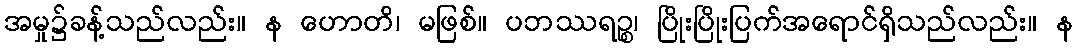
အမှု၌ခန့်သည်လည်း။ န ဟောတိ၊ မဖြစ်။ ပဘဿရဉ္စ၊ ပြိုးပြိုးပြက်အရောင်ရှိသည်လည်း။ န